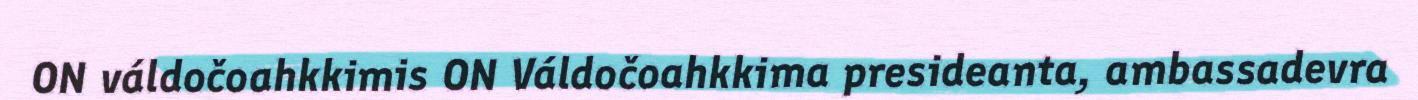
ON váldočoahkkimis ON Váldočoahkkima presideanta, ambassadevra